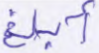
أبلغ